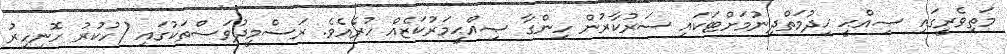
މަތިވެރީގައި ޞިއްޙީ ޚިދުމަތްދިނުމަށްޓަކައި ސަރުކާރުން ހިންގާ ޞިއްޙީމަރުކަޒެއް ހުރެއެވެ. ރަސްމީދުވަސްތަކުގައި (ހުކުރު ހޮނިހިރު